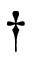
\dag